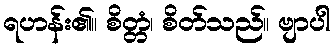
ရဟန်း၏။ စိတ္တံ၊ စိတ်သည်။ ဗျာပါ